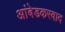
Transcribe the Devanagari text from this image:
अांबेडकरवाद